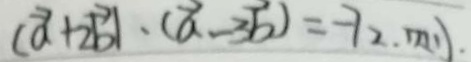
( \overrightarrow { a } + 2 \overrightarrow { b } ) \cdot ( \overrightarrow { a } - 3 \overrightarrow { b } ) = - 7 2 . r n \prime ) .